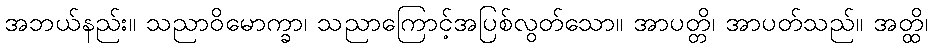
အဘယ်နည်း။ သညာဝိမောက္ခာ၊ သညာကြောင့်အပြစ်လွတ်သော။ အာပတ္တိ၊ အာပတ်သည်။ အတ္ထိ၊